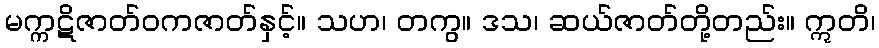
မက္ကဋိဇာတ်ဝကဇာတ်နှင့်။ သဟ၊ တကွ။ ဒသ၊ ဆယ်ဇာတ်တို့တည်း။ ဣတိ၊